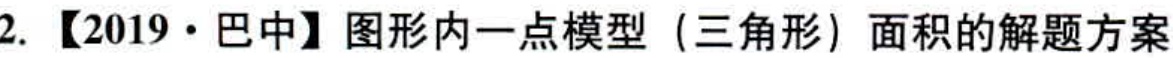
2. 【2019·巴中】图形内一点模型（三角形）面积的解题方案